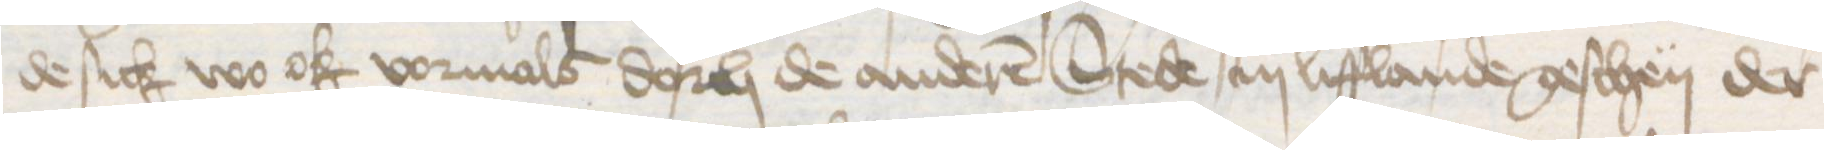
de sick wo ok vormals dorch de anderen Stede in Lifflande geschen der